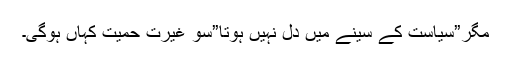
مگر”سیاست کے سینے میں دل نہیں ہوتا”سو غیرت حمیت کہاں ہوگی۔